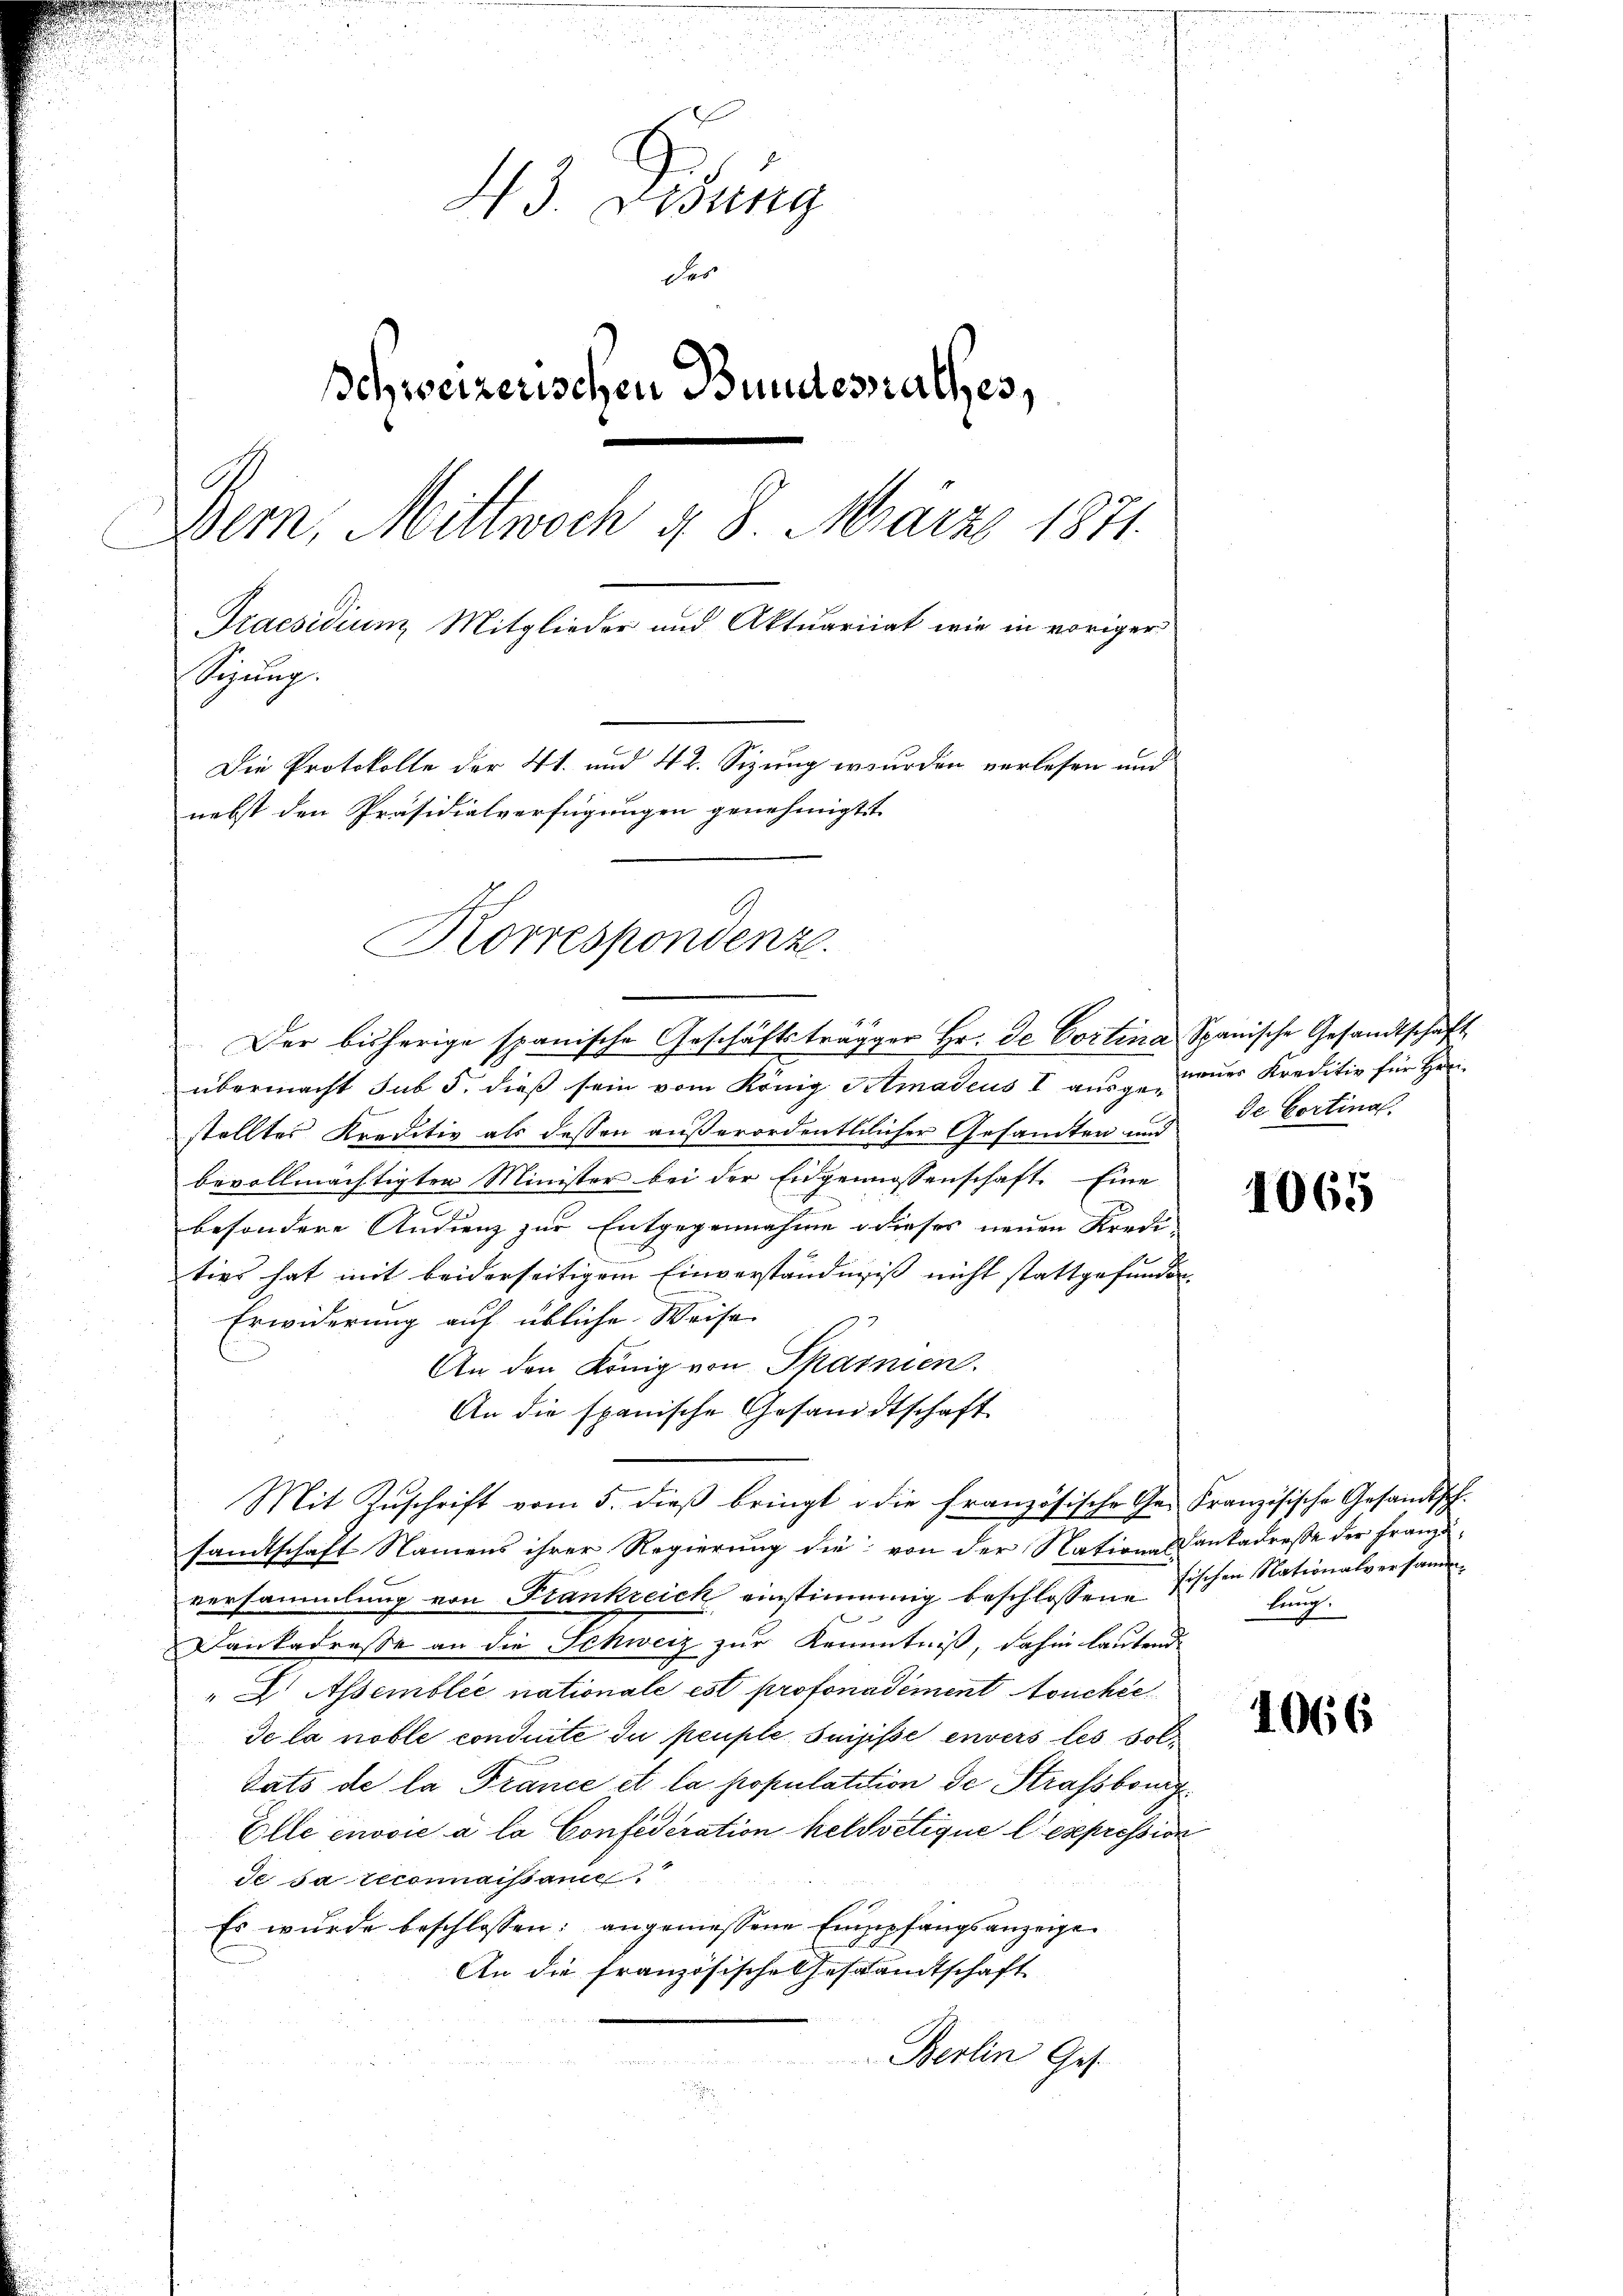
43. Lesung
des
schweizerischen Bundesrathes,
Dem, Mittwoch §. 8. März 1871.
Praesidium Mitglieder und Aktuariiat wie in voriger
Synung.
Die Protokolle der 41. und 42. Sizung wurden verlesen und
nebst den Präsidialverfügungen genehmigt
Korrespondenz.

übermacht sub 5. dieß sein vom König Stmadeus I ausgedes Kreditiv für Her
stelltes Kreditiv als dessen außerordentlilicher Gesandten und de Cortina
bevollmächtigten Minister bei der Eidgenossenschaft. Eine
besondere Audienz zur Entgegennahme d dieses neuen Kredi-
ties hat mit beiderseitigem Einverständniß nicht stattgefunden
Erwiderung auf übliche Weise
An den König von Sparnien.
An die spanische Gesandtschaft
Mit Zuschrift vom 5. dieß bringt die französische Ge- Französische Gesandtsch.
sandtschaft Namens ihrer Regierung die von der Nationalbankadresse der Franzö-
versammlung von Frankreich einstimmig beschlossene
Dankadresse an die Schweiz zur Kenntniß, dahin lautend
"  Assemblée nationale est profonadiment ouchée
de la noble conduite du peuple Suisse envers les soldats de la France et la populatition de Strassburg
Elle enovie à la Confederation helvetique l’expression
de sa reconnaissance
Es wurde beschlossen: angemessene Empfangsanzeige
An die französische Gesandtschaft
Berlin Ges.

Der bisherige spanische Geschäftsträgger Hr. De Cortina Spanische Gesandtschaft

1065

fischen Nationalversammkönig.

1066